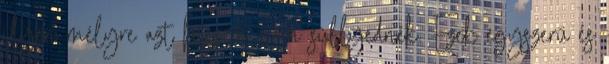
ilyen mélyre azt hiszem nem süllyednék. Ezek egyszerű és